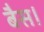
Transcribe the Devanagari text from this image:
बैस।